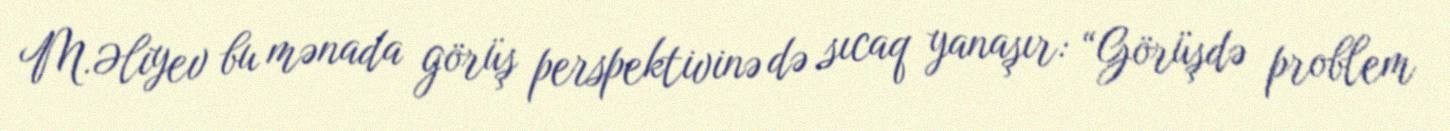
M.Əliyev bu mənada görüş perspektivinə də sıcaq yanaşır: “Görüşdə problem